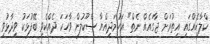
ކްލާހެއްގައި އިތުރަށް ޖާގައެއް ނެތް" އަހުމަދިއްޔާ ސްކޫލުން ވާހަކަ ދެއްކެވި ބޭފުޅަކު ވިދާޅުވި